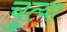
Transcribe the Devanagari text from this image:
चुत्या